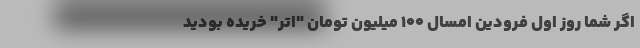
اگر شما روز اول فرودین امسال ۱۰۰ میلیون تومان "اِتِر" خریده بودید